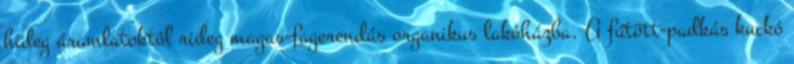
hideg áramlatoktól rideg magas-fagerendás organikus lakóházba. A fűtött-padkás kuckó